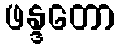
ဖန္ဒတော